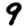
Digit: 9